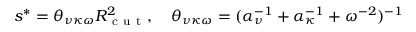
s ^ { * } = \theta _ { \nu \kappa \omega } R _ { \mathrm { ~ c ~ u ~ t ~ } } ^ { 2 } , \quad \theta _ { \nu \kappa \omega } = ( \alpha _ { \nu } ^ { - 1 } + \alpha _ { \kappa } ^ { - 1 } + \omega ^ { - 2 } ) ^ { - 1 }